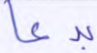
بدعا